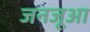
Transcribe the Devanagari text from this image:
जनजूआ